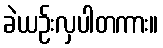
ခဲယဉ်းလှပါတကား။